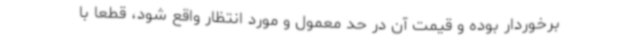
برخوردار بوده و قیمت آن در حد معمول و مورد انتظار واقع شود، قطعا با